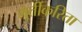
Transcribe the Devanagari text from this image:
मूर्तीकरिता